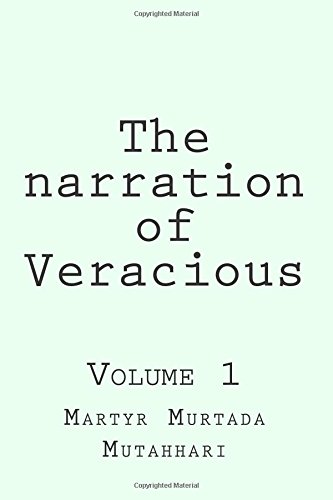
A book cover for The narration of Veracious Vol 1; Martyr Murtada Mutahhari; Religion & Spirituality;